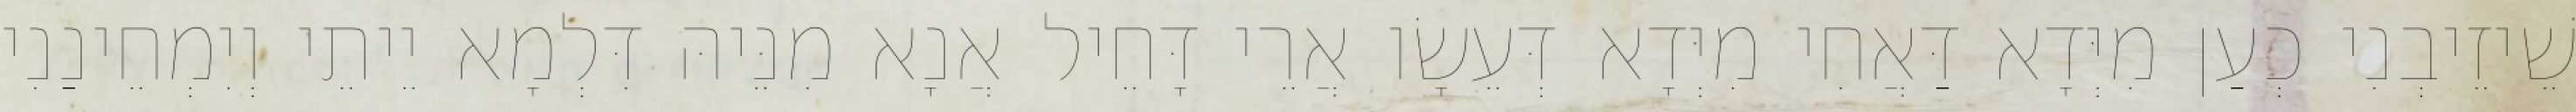
שֵׁיזֵיבְנִי כְעַן מִיְּדָא דַּאֲחִי מִיְּדָא דְּעֵשָׂו אֲרֵי דָּחֵיל אֲנָא מִנֵּיהּ דִּלְמָא יֵיתֵי וְיִמְחֵינַנִי